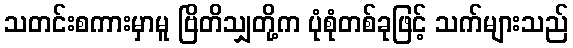
သတင်းစကားမှာမူ ဗြိတိသျှတို့က ပုံစုံတစ်ခုဖြင့် သက်များသည်